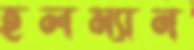
হলম্যান